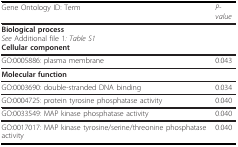
<table><thead><tr><td><b>Gene Ontology ID: Term</b></td><td><b><i>P-value</i></b></td></tr></thead><tbody><tr><td colspan="2"><b>Biological process</b><i>See </i>Additional file 1<i>: Table S1</i><b>Cellular component</b></td></tr><tr><td>GO:0005886: plasma membrane</td><td>0.043</td></tr><tr><td colspan="2"><b>Molecular function</b></td></tr><tr><td>GO:0003690: double-stranded DNA binding</td><td>0.034</td></tr><tr><td>GO:0004725: protein tyrosine phosphatase activity</td><td>0.040</td></tr><tr><td>GO:0033549: MAP kinase phosphatase activity</td><td>0.040</td></tr><tr><td>GO:0017017: MAP kinase tyrosine/serine/threonine phosphatase activity</td><td>0.040</td></tr></tbody></table>